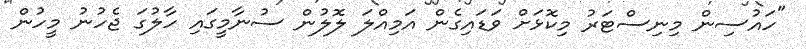
"ހައުސިން މިނިސްޓަރު މިކޮޅަށް ވަޑައިގެން އަމިއްލަ ލޮލުން ސުނާމީގައި ހާލުގަ ޖެހުނު މީހުން